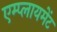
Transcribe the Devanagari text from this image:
एम्प्लायमेंट